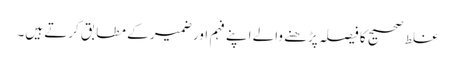
غلط صحیح کا فیصلہ پڑھنے والے اپنے فہم اور ضمیر کے مطابق کرتے ہیں۔